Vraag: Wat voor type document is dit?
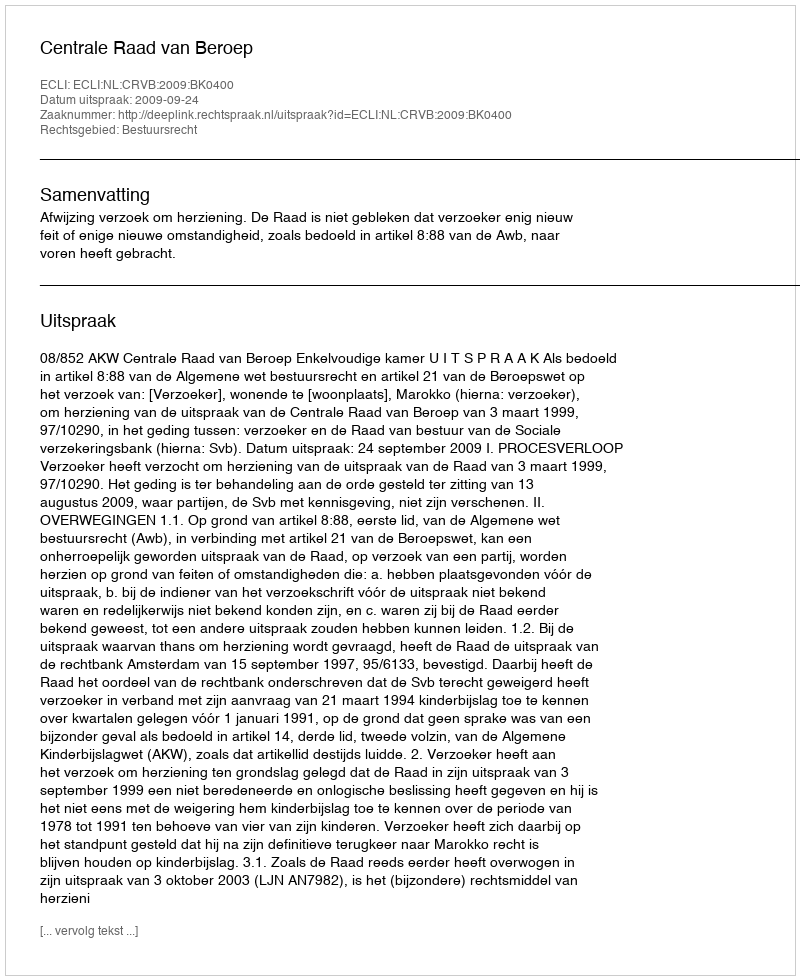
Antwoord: Uitspraak